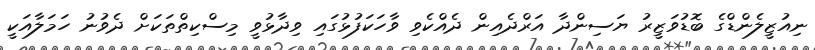
ނިއުޒީލެންޑްގެ ބޮޑުވަޒީރު ޔަސިންދާ އަރްދެއިން ދެއްކެވި ވާހަކަފުޅުގައި ވިދާޅުވީ މިސްކިތްތަކަށް ދެވުނު ހަމަލާއަކީ